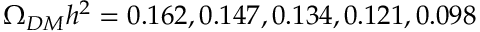
\Omega _ { D M } h ^ { 2 } = 0 . 1 6 2 , 0 . 1 4 7 , 0 . 1 3 4 , 0 . 1 2 1 , 0 . 0 9 8